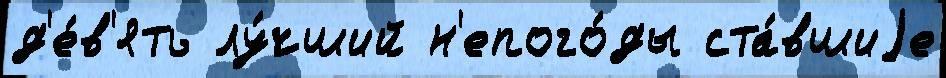
д'е́в'ять лу́чший н'епого́ды ста́вшиjе